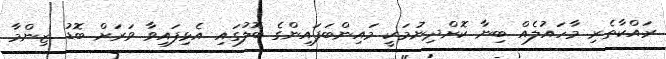
ރައްކާތެރި މާހައުލެއް ބިނާ ކޮށްދިނުމަކީ މައިންބަފައިންގެ ބޮލުގައި އެޅިފައިވާ ވަރަށް ބޮޑު ޒިންމާ